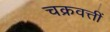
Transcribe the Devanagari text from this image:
चक्रवत्तीं